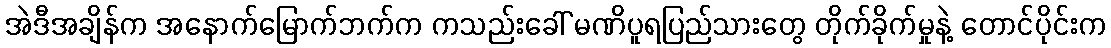
အဲဒီအချိန်က အနောက်မြောက်ဘက်က ကသည်းခေါ် မဏိပူရပြည်သားတွေ တိုက်ခိုက်မှုနဲ့ တောင်ပိုင်းက